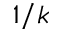
1 / k